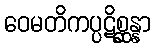
ဝေမတိကပ္ပဋိစ္ဆန္နာ